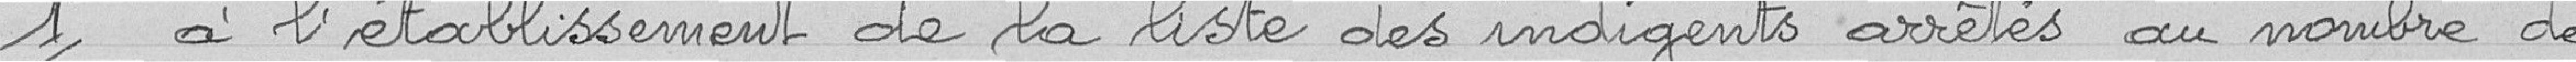
1° à l'établissement de la liste des indigents arrêtés au nombre de